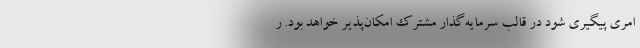
امري پيگيري شود در قالب سرمايه‌گذار مشترك امكان‌پذير خواهد بود. ر